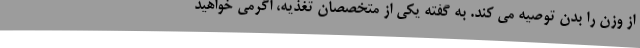
از وزن را بدن توصیه می کند. به گفته یکی از متخصصان تغذیه، اگرمی خواهید